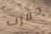
حفرت